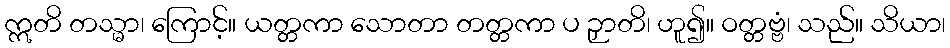
ဣတိ တသ္မာ၊ ကြောင့်။ ယတ္တကာ သောတာ တတ္တကာ ပ ဉှာတိ၊ ဟူ၍။ ဝတ္တဗ္ဗံ၊ သည်။ သိယာ၊